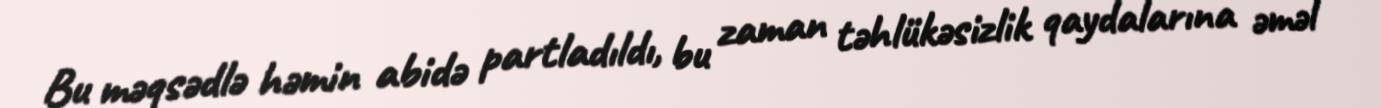
Bu məqsədlə həmin abidə partladıldı, bu zaman təhlükəsizlik qaydalarına əməl